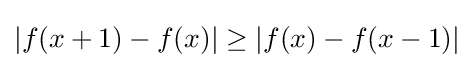
|f(x+1)-f(x)|\geq |f(x)-f(x-1)|